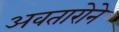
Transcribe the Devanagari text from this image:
अवतारोने